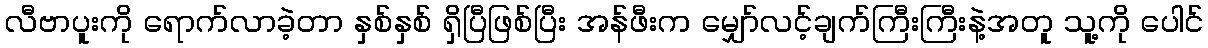
လီဗာပူးကို ရောက်လာခဲ့တာ နှစ်နှစ် ရှိပြီဖြစ်ပြီး အန်ဖီးက မျှော်လင့်ချက်ကြီးကြီးနဲ့အတူ သူ့ကို ပေါင်